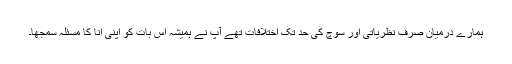
ہمارے درمیان صرف نظریاتی اور سوچ کی حد تک اختلافات تھے آپ نے ہمیشہ اس بات کو اپنی انا کا مسئلہ سمجھا۔